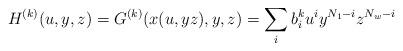
LaTeX: \begin{align*}H^{(k)}(u,y,z)=G^{(k)}(x(u,yz),y,z)=\sum_{i}b_{i}^{k}u^{i}y^{N_{1}-i}z^{N_{w}-i}\end{align*}